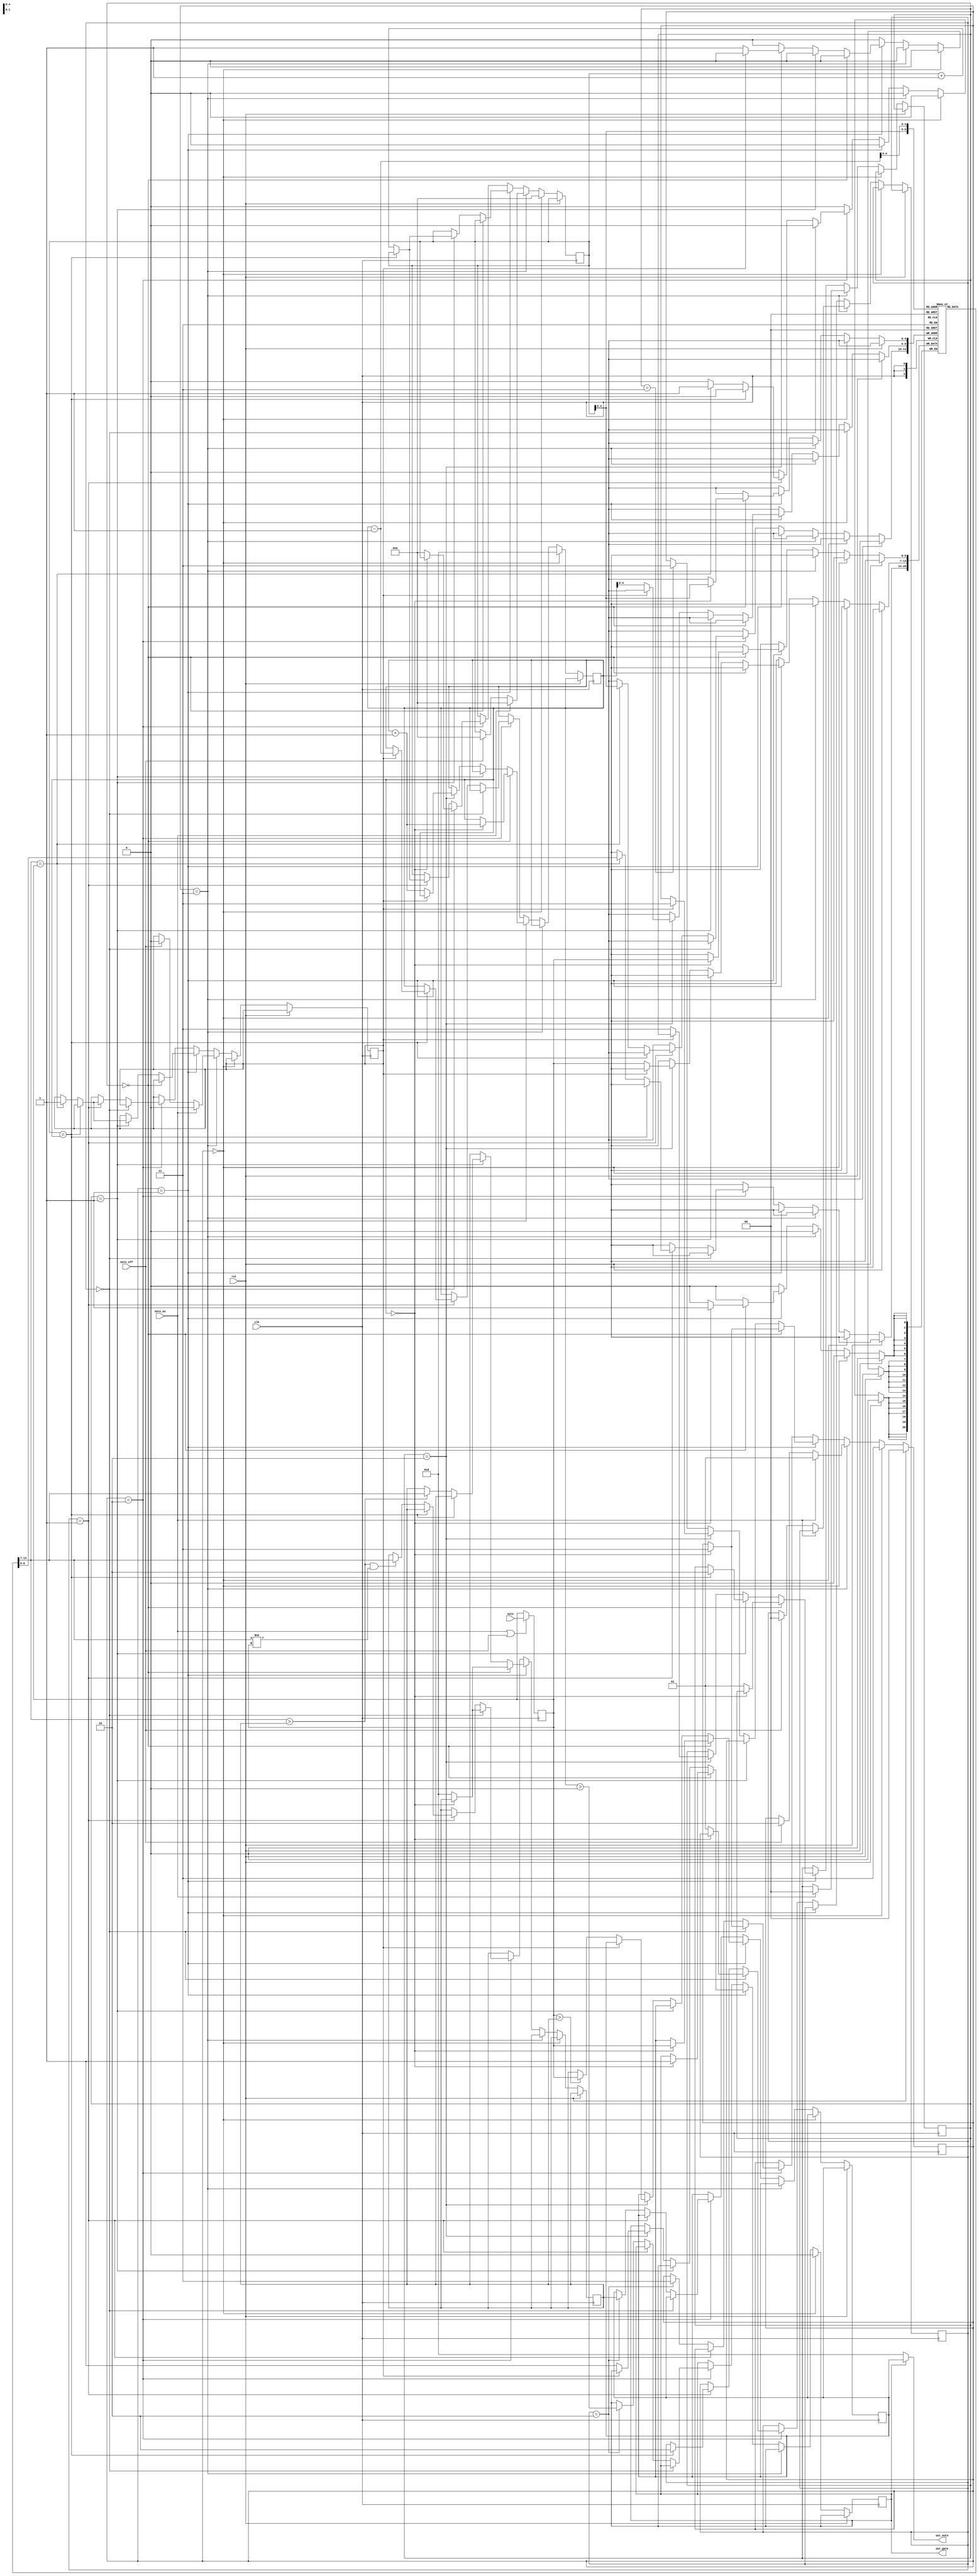
module note_mono(clk, rst, note_on, note_off, note, out_note, out_gate);
parameter MAX_NOTES = 32;
parameter MNOTES = MAX_NOTES - 1;
parameter BIT_WIDTH  = (MAX_NOTES[7:7]==1'b1) ? 8 : 
					   (MAX_NOTES[6:6]==1'b1) ? 7 :
					   (MAX_NOTES[5:5]==1'b1) ? 6 :
					   (MAX_NOTES[4:4]==1'b1) ? 5 :
					   (MAX_NOTES[3:3]==1'b1) ? 4 :
					   (MAX_NOTES[2:2]==1'b1) ? 3 :
					   (MAX_NOTES[1:1]==1'b1) ? 2 :
					   (MAX_NOTES[0:0]==1'b1) ? 1 : 0;
					   				   

//inputs outputs
input wire clk, rst, note_on, note_off;
input wire [6:0] note;
output wire [6:0] out_note;
output reg out_gate;

initial out_gate <= 0;

reg [(BIT_WIDTH-1):0] addr;
initial addr <= 0;

reg [BIT_WIDTH:0] top_ptr;
initial top_ptr <= 0;

reg [6:0] list [0:MNOTES];

reg [6:0] t_note;
reg [6:0] t_out_note;
reg [6:0] max_note;

assign out_note = (out_gate) ? t_out_note : 7'd0;

//state list
parameter INITIAL  = 2'd0;
parameter NOTE_ON  = 2'd1;
parameter NOTE_OFF = 2'd2;
parameter READY    = 2'd3;
reg [1:0] state;
initial state <= INITIAL;

//note_on state list
parameter ST_SEARCH  = 2'd0; // 
parameter IN_SEARCH  = 2'd1; // 
parameter END_SEARCH = 2'd2; //  ,  
parameter GETMAX   = 2'd3; // 
reg [1:0] note_on_state;
initial note_on_state <= 0;
reg searched;

//note_off state list
//parameter ST_SEARCH  = 2'd0; // 
//parameter IN_SEARCH  = 2'd1; // 
//parameter END_SEARCH = 2'd2; //  ,  
//parameter GETMAX   = 2'd3; // 
reg [1:0] note_off_state;
initial note_off_state <= 0;


always @(posedge clk) begin
	if (note_on||note_off) begin
		t_note <= note;
	end
end

always @(posedge clk) begin
	if (rst) begin
		state<=INITIAL;
	end else
	if (state==INITIAL) begin
		addr <= 0;
		top_ptr <= 0;
		out_gate <= 0;
		state <= READY;
	end else if (state==READY) begin
		if (note_on) begin
			state <= NOTE_ON;
			addr <= 0;
			searched <= 0;
			note_on_state <= 0;
		end else if (note_off) begin
			state <= NOTE_OFF;
			addr <= 0;
			searched <= 0;
			note_off_state <= 0;
		end
	end else if (state==NOTE_ON) begin
		if (note_on_state == ST_SEARCH) begin
			if (top_ptr==0) begin //,   
				out_gate <= 1;
				t_out_note <= t_note;
				list[addr] <= t_note;
				top_ptr <= top_ptr + 1'b1;
				state <= READY;
			end else begin
				max_note <= 0; // max_note      
				note_on_state <= IN_SEARCH;
			end
		end else if (note_on_state == IN_SEARCH) begin
			if (addr==top_ptr) begin //    .       ( top_ptr  1 )
				note_on_state <= END_SEARCH;
			end else begin
				if (list[addr] > max_note) max_note <= list[addr];
				if (list[addr]==t_note) searched <= 1;
				addr <= addr + 1'b1;
			end
		end else if (note_on_state == END_SEARCH) begin
			if (searched) begin // ,   ,      
				state <= READY;
			end else begin //   ,  1) 
				list[top_ptr] <= t_note;
				t_out_note <= (t_note > max_note) ? t_note : max_note;
				//t_out_note <= max_note;
				out_gate <= 1;
				top_ptr <= top_ptr + 1'b1;
				note_on_state <= GETMAX;
			end
		end else if (note_on_state == GETMAX) begin
			state <= READY;
		end
	end else if (state==NOTE_OFF) begin
		if (note_off_state == ST_SEARCH) begin
			if (top_ptr==0) begin //,   ,  -   -   
				state <= READY;
			end else begin
				addr <= 0; // addr   
				max_note <= 0; 
				note_off_state <= IN_SEARCH;
			end
		end else if (note_off_state == IN_SEARCH) begin
			if (addr==top_ptr) begin
				note_off_state <= END_SEARCH;
				if (searched) top_ptr <= top_ptr - 1'b1;
			end else begin
				if (list[addr]==t_note) begin //    - ,     
					list[addr] <= list[top_ptr-1'b1];
					searched <= 1; // !  top_ptr <= top_ptr - 1'b1; // -   
				end
				
				if ((list[addr] > max_note)&&(list[addr]!=t_note)) max_note <= list[addr];
					
				addr <= addr + 1'b1;
			end
		end else if (note_off_state == END_SEARCH) begin
			t_out_note <= max_note;
			out_gate <= (top_ptr > 0);
			state <= READY;
		end
	end
end

endmodule